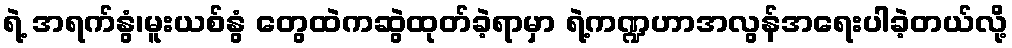
ရဲ့ အရက်နွံ၊မူးယစ်နွံ တွေထဲကဆွဲထုတ်ခဲ့ရာမှာ ရဲ့ကဏ္ဍဟာအလွန်အရေးပါခဲ့တယ်လို့